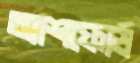
অ্যাশফোর্ড